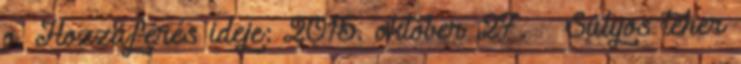
o. Hozzáférés ideje: 2015. október 27. ↑ Súlyos teher